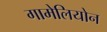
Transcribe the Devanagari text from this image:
गामेलियोन